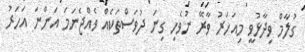
ގުލާމް ވިދާޅުވީ މިއަހަރު ވާރޭ ނުވެހި ގިނަ ދުވަސްތަކެއް ވެއްޖެނަމަ އަންނަ އަހަރު